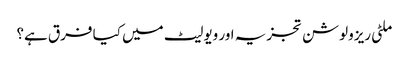
ملٹی ریزولوشن تجزیہ اور ویولیٹ میں کیا فرق ہے؟